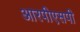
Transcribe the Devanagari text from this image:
आरपीएसपी